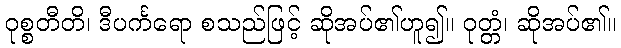
ဝုစ္စတီတိ၊ ဒီပင်္ကရော စသည်ဖြင့် ဆိုအပ်၏ဟူ၍။ ဝုတ္တံ၊ ဆိုအပ်၏။